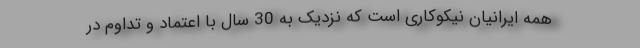
همه ایرانیان نیکوکاری است که نزدیک به 30 سال با اعتماد و تداوم در